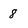
Character: 8